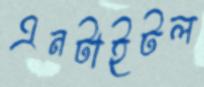
এনটাইটল